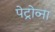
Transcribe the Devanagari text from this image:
पेट्रोव्ना